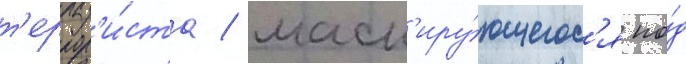
т'еррор'и́ста / маск'иру́ющегос'я по́д